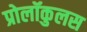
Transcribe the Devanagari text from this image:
प्रोलॉकुलस